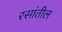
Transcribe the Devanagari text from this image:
रसांतील